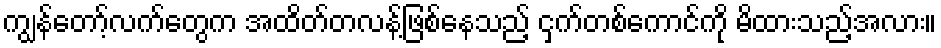
ကျွန်တော့်လက်တွေက အထိတ်တလန့်ဖြစ်နေသည့် ငှက်တစ်ကောင်ကို မိထားသည့်အလား။